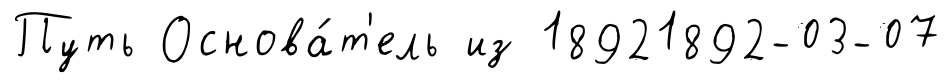
Путь Основа́т'ель из 18921892-03-07